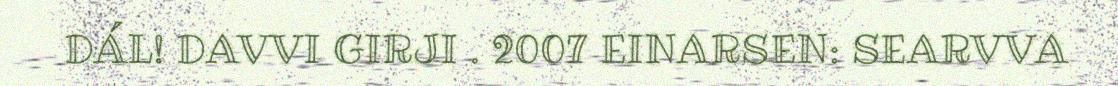
DÁL! DAVVI GIRJI . 2007 EINARSEN: SEARVVA